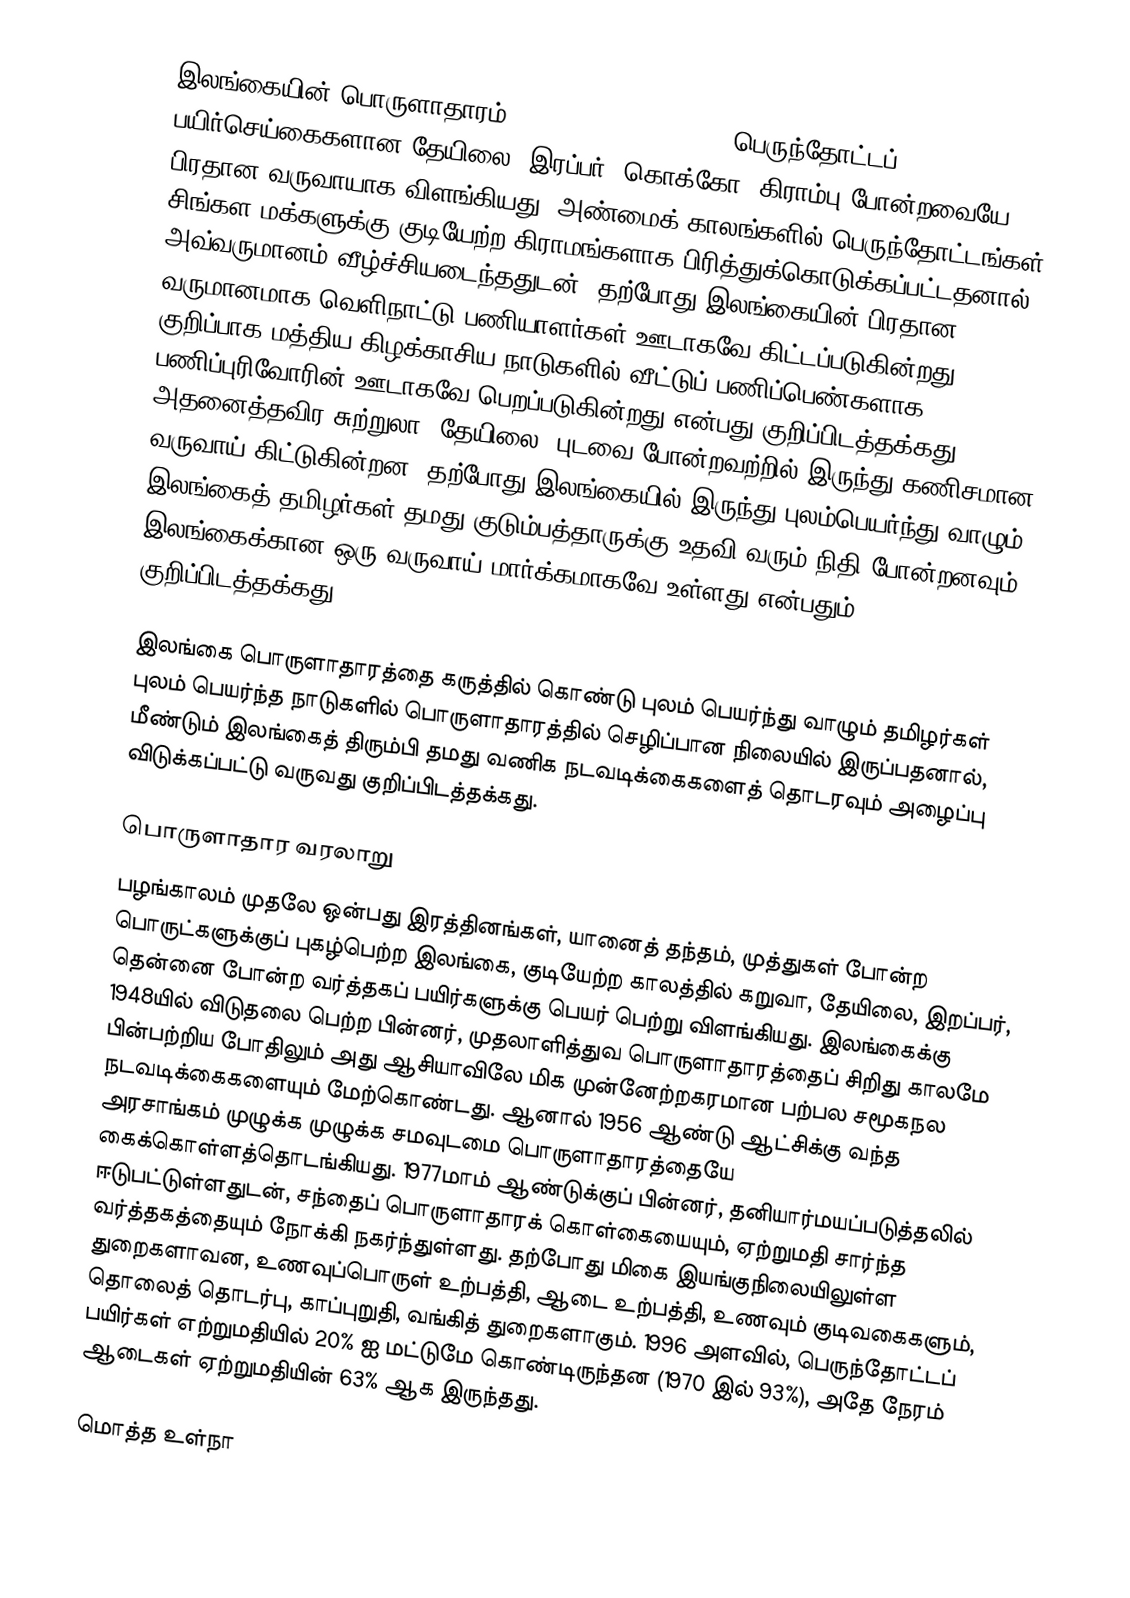
இலங்கையின் பொருளாதாரம் (Economy of Sri Lanka) பெருந்தோட்டப் பயிர்செய்கைகளான தேயிலை, இரப்பர், கொக்கோ, கிராம்பு போன்றவையே பிரதான வருவாயாக விளங்கியது. அண்மைக் காலங்களில் பெருந்தோட்டங்கள் சிங்கள மக்களுக்கு குடியேற்ற கிராமங்களாக பிரித்துக்கொடுக்கப்பட்டதனால், அவ்வருமானம் வீழ்ச்சியடைந்ததுடன், தற்போது இலங்கையின் பிரதான வருமானமாக வெளிநாட்டு பணியாளர்கள் ஊடாகவே கிட்டப்படுகின்றது. குறிப்பாக மத்திய கிழக்காசிய நாடுகளில் வீட்டுப் பணிப்பெண்களாக பணிப்புரிவோரின் ஊடாகவே பெறப்படுகின்றது என்பது குறிப்பிடத்தக்கது. அதனைத்தவிர சுற்றுலா, தேயிலை, புடவை போன்றவற்றில் இருந்து கணிசமான வருவாய் கிட்டுகின்றன. தற்போது இலங்கையில் இருந்து புலம்பெயர்ந்து வாழும் இலங்கைத் தமிழர்கள் தமது குடும்பத்தாருக்கு உதவி வரும் நிதி போன்றனவும் இலங்கைக்கான ஒரு வருவாய் மார்க்கமாகவே உள்ளது என்பதும் குறிப்பிடத்தக்கது.

இலங்கை பொருளாதாரத்தை கருத்தில் கொண்டு புலம் பெயர்ந்து வாழும் தமிழர்கள் புலம் பெயர்ந்த நாடுகளில் பொருளாதாரத்தில் செழிப்பான நிலையில் இருப்பதனால், மீண்டும் இலங்கைத் திரும்பி தமது வணிக நடவடிக்கைகளைத் தொடரவும் அழைப்பு விடுக்கப்பட்டு வருவது குறிப்பிடத்தக்கது.

பொருளாதார வரலாறு
பழங்காலம் முதலே ஒன்பது இரத்தினங்கள், யானைத் தந்தம், முத்துகள் போன்ற பொருட்களுக்குப் புகழ்பெற்ற இலங்கை, குடியேற்ற காலத்தில் கறுவா, தேயிலை, இறப்பர், தென்னை போன்ற வர்த்தகப் பயிர்களுக்கு பெயர் பெற்று விளங்கியது. இலங்கைக்கு 1948யில் விடுதலை பெற்ற பின்னர், முதலாளித்துவ பொருளாதாரத்தைப் சிறிது காலமே பின்பற்றிய போதிலும் அது ஆசியாவிலே மிக முன்னேற்றகரமான பற்பல சமூகநல நடவடிக்கைகளையும் மேற்கொண்டது. ஆனால் 1956 ஆண்டு ஆட்சிக்கு வந்த அரசாங்கம் முழுக்க முழுக்க சமவுடமை பொருளாதாரத்தையே கைக்கொள்ளத்தொடங்கியது. 1977மாம் ஆண்டுக்குப் பின்னர், தனியார்மயப்படுத்தலில் ஈடுபட்டுள்ளதுடன், சந்தைப் பொருளாதாரக் கொள்கையையும், ஏற்றுமதி சார்ந்த வர்த்தகத்தையும் நோக்கி நகர்ந்துள்ளது. தற்போது மிகை இயங்குநிலையிலுள்ள துறைகளாவன, உணவுப்பொருள் உற்பத்தி, ஆடை உற்பத்தி, உணவும் குடிவகைகளும், தொலைத் தொடர்பு, காப்புறுதி, வங்கித் துறைகளாகும். 1996 அளவில், பெருந்தோட்டப் பயிர்கள் எற்றுமதியில் 20% ஐ மட்டுமே கொண்டிருந்தன (1970 இல் 93%), அதே நேரம் ஆடைகள் ஏற்றுமதியின் 63% ஆக இருந்தது.

மொத்த உள்நா